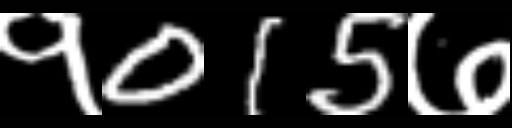
Text: १015७